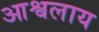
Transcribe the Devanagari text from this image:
आश्वलाय